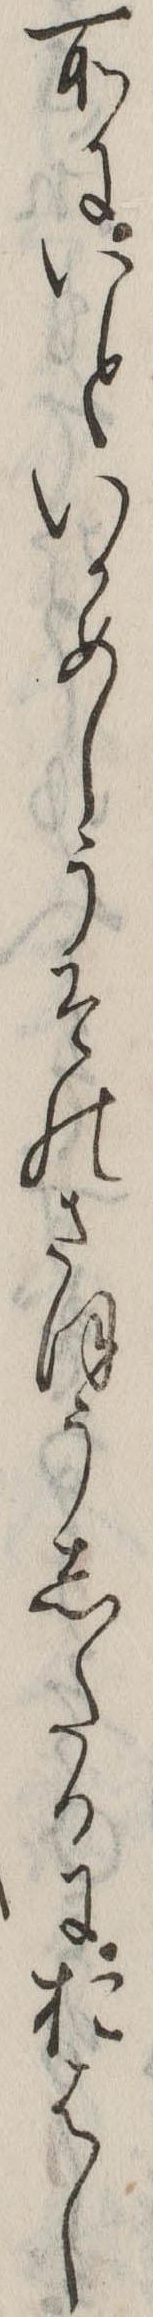
所にいといかめしうそのさほうしたるにおはし